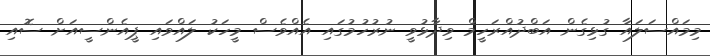
މިމައްސަލައާ ގުޅިގެން އަބްދުއްރަހީމް ވިދާޅުވީ ނުރުހުމުގައި އެއްވެސް މީހަކު ލައްވައި ޕީއެންސީއަށް ސޮއި